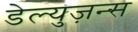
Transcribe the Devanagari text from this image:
डेल्युज़न्स